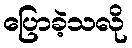
ပြောခဲ့သလို